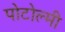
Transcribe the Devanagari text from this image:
पोटोल्मी